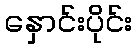
နှောင်းပိုင်း